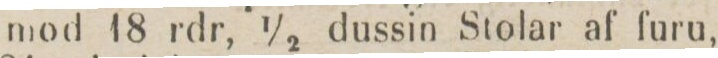
mod 18 rdr, 1/2 dussin Stolar af furu,